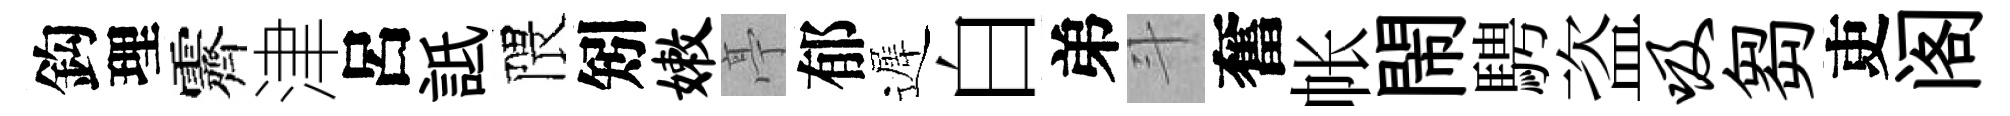
鈎理霽津呂詆隈矧嫩亭郁遲白弟斗奮帐閙騁盗吸芻吏阁